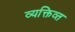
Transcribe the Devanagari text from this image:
व्यक्तिव्त